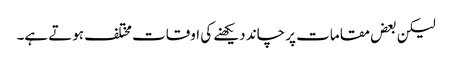
لیکن بعض مقامات پر چاند دیکھنے کی اوقات مختلف ہوتے ہے۔